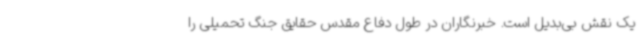
یک نقش بی‌بدیل است. خبرنگاران در طول دفاع مقدس حقایق جنگ تحمیلی را